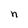
Character: n